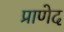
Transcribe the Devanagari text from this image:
प्राणेद